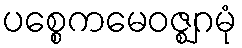
ပစ္စေကမေဝဇ္ဈဂမုံ